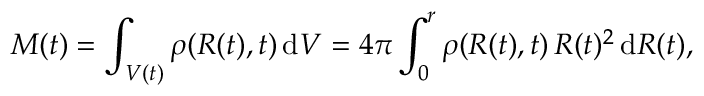
M ( t ) = \int _ { { \cal V } ( t ) } \rho ( R ( t ) , t ) \, \mathrm { d } V = 4 \pi \int _ { 0 } ^ { r } \rho ( R ( t ) , t ) \, R ( t ) ^ { 2 } \, \mathrm { d } R ( t ) ,